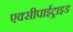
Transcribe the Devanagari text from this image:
एक्सीपाईट्राइड